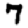
Digit: 7